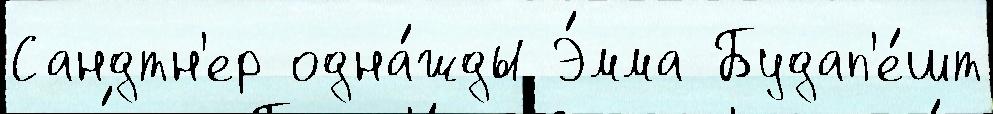
Сандтн'ер одна́жды Э́мма Будап'е́шт